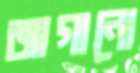
জাগানো